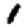
Digit: 1